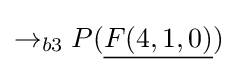
\rightarrow _{b3}P({\underline {F(4,1,0)}})